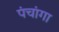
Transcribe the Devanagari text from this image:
पंचांगा